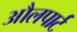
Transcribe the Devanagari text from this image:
औलपार्ट